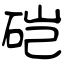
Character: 硙